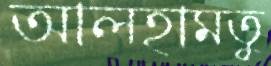
আলহামতু